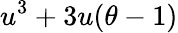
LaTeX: u^{3}+3u(\theta-1)